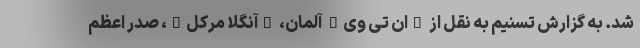
شد. به گزارش تسنیم به نقل از "ان تی وی" آلمان، "آنگلا مرکل"، صدر اعظم